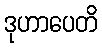
ဒုဟာပေတိ